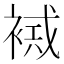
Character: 𧛠